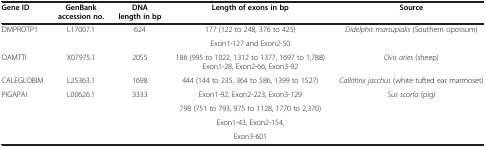
| Gene ID | GenBank accession no. | DNA length in bp | Length of exons in bp | Source |
 | --- | --- | --- | --- | --- |
 | <ROWSPAN=2> DMPROTP1 | <ROWSPAN=2> L17007.1 | <ROWSPAN=2> 624 | 177 (122 to 248, 376 to 425) | <ROWSPAN=2> Didelphis marsupialis (Southern opossum) |
 | Exon1-127 and Exon2-50 |
 | OAMTTI | X07975.1 | 2055 | 186 (995 to 1022, 1312 to 1377, 1697 to 1,788) Exon1-28, Exon2-66, Exon3-92 | Ovis aries (sheep) |
 | CALEGLOBIM | L25363.1 | 1698 | 444 (144 to 235, 364 to 586, 1399 to 1527) | Callithrix jacchus (white tufted ear marmoset) |
 | <ROWSPAN=4> PIGAPAI | <ROWSPAN=4> L00626.1 | <ROWSPAN=4> 3333 | Exon1-92, Exon2-223, Exon3-129 | <ROWSPAN=4> Sus scorfa (pig) |
 | 798 (751 to 793, 975 to 1128, 1770 to 2,370) |
 | Exon1-43, Exon2-154, |
 | Exon3-601 |